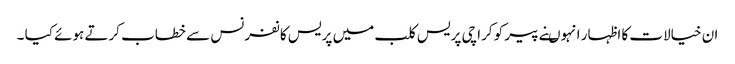
ان خیالات کا اظہار انہوںنے پیر کو کراچی پریس کلب میں پریس کانفرنس سے خطاب کرتے ہوئے کیا ۔